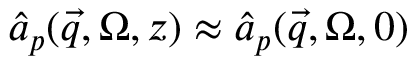
\hat { a } _ { p } ( \vec { q } , \Omega , z ) \approx \hat { a } _ { p } ( \vec { q } , \Omega , 0 )